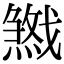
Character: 𢨓